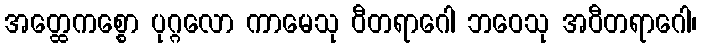
အတ္ထေကစ္စော ပုဂ္ဂလော ကာမေသု ဝီတရာဂေါ ဘဝေသု အဝီတရာဂေါ၊